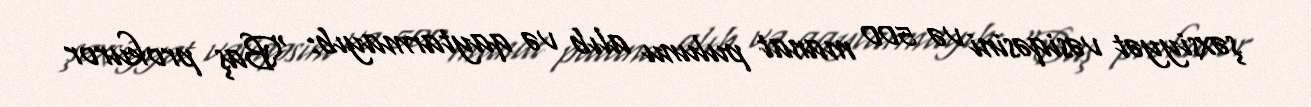
şəxsiyyət vəsiqəsini və 500 manat pulunu alıb və qaytarmayıb: “Baş prokuror